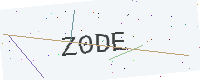
Text: Z0DE